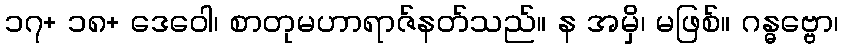
၁၇+ ၁၈+ ဒေဝေါ၊ စာတုမဟာရာဇ်နတ်သည်။ န အမှိ၊ မဖြစ်။ ဂန္ဓဗ္ဗော၊